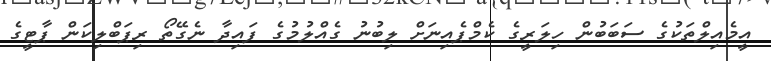
އީމެއިލްތަކުގެ ސަބަބުން ހިލަރީގެ ކެމްޕެއިނަށް ލިބުނު ގެއްލުމުގެ ފައިދާ ނެގޭތޯ ރިޕަބްލިކަން ޕާޓީގެ